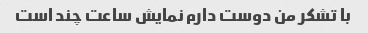
با تشکر من دوست دارم نمایش ساعت چند است